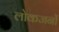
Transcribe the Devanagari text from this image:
लोकजनों